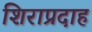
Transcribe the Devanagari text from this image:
शिराप्रदाह